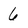
Character: 6